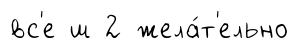
вс'е ш 2 жела́т'ельно